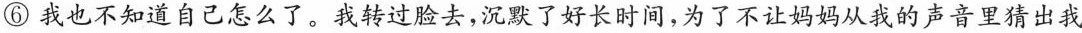
⑥我也不知道自己怎么了。我转过脸去，沉默了好长时间，为了不让妈妈从我的声音里猜出我